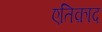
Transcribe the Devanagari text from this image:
एतिक़ाद